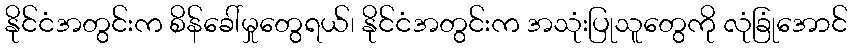
နိုင်ငံအတွင်းက စိန်ခေါ်မှုတွေရယ်၊ နိုင်ငံအတွင်းက အသုံးပြုသူတွေကို လုံခြုံအောင်